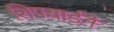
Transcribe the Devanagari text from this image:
शिपयार्डने